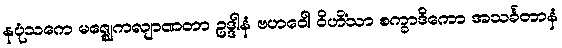
နပုံသကေ မဇ္ဈေကလျာဏတာ ဥဒ္ဒါနံ ဗဟဝေါ ဝိဟိံသာ စက္ခာဒိကော အသင်္ခတာနံ